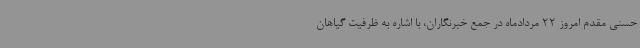
حسنی مقدم امروز 22 مردادماه در جمع خبرنگاران، با اشاره به ظرفیت گیاهان